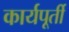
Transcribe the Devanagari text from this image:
कार्यपूर्ती